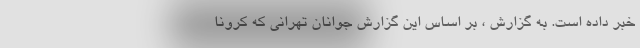
خبر داده است. به گزارش ، بر اساس این گزارش جوانان تهرانی که کرونا